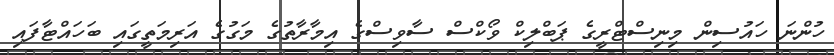
ހުންނަ ހައުސިން މިނިސްޓްރީގެ ޕަބްލިކް ވޯކްސް ސާވިސްގެ އިމާރާތުގެ މަގުގެ އަރިމަތީގައި ބަހައްޓާފައި